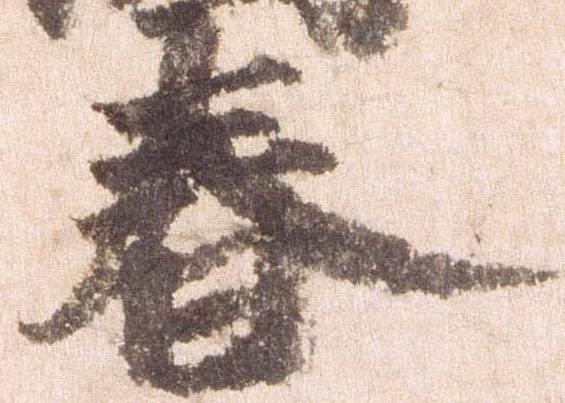
春